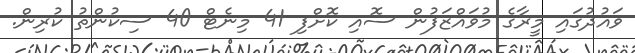
ވައުދުގައި މީރާގެ މުވައްޒަފުން ސޮއި ކޮށްފި 41 މިނެޓް 40 ސިކުންތު ކުރިން.